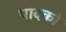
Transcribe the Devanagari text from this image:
पादकों